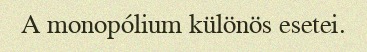
A monopólium különös esetei.